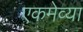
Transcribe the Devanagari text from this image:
एकमेव्या